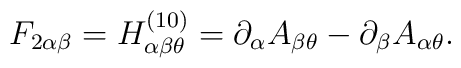
F_{2 \alpha \beta} = H^{(10)}_{\alpha \beta \theta} = \partial_{\alpha}A_{\beta \theta} - \partial_{\beta} A_{\alpha \theta}  .